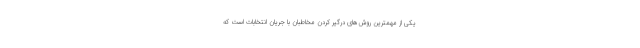
یکی از مهمترین روش‌های درگیر کردن مخاطبان با جریان انتخابات است که